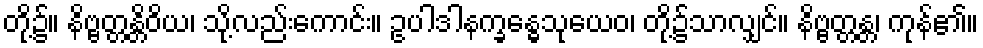
တို့၌။ နိဗ္ဗတ္တန္တိဝိယ၊ သို့လည်းကောင်း။ ဥပါဒါနက္ခန္ဓေသုယေဝ၊ တို့၌သာလျှင်။ နိဗ္ဗတ္တန္တ၊ ကုန်၏။